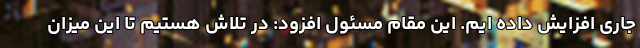
جاری افزایش داده ایم. این مقام مسئول افزود: در تلاش هستیم تا این میزان